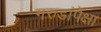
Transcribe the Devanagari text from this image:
गरुडांपेक्षा